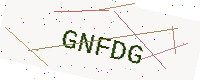
Text: GNFDG